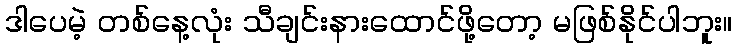
ဒါပေမဲ့ တစ်နေ့လုံး သီချင်းနားထောင်ဖို့တော့ မဖြစ်နိုင်ပါဘူး။